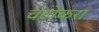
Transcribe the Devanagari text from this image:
चटोकरा